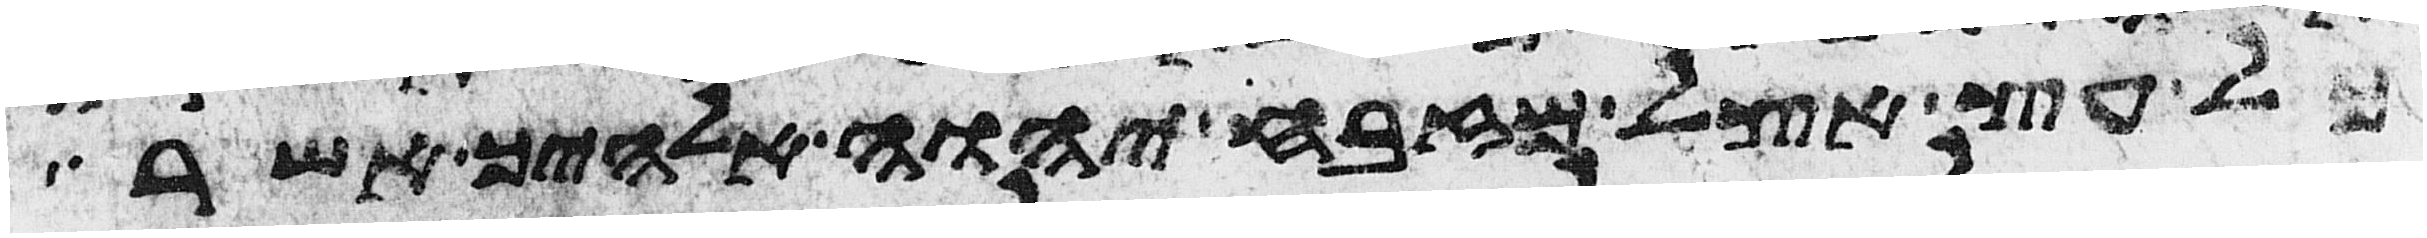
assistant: כל עץ אצל מזבח יהוה אלהיך אשר